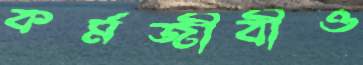
কর্মজীবীও